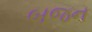
બજન